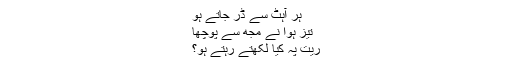
ہر آہٹ سے ڈر جاتے ہو
تیز ہوا نے مجھ سے پوچھا
ریت پہ کیا لکھتے رہتے ہو؟